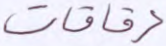
رقاقات